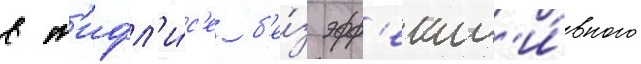
в т'ифл'и́с'е б'е́з эфф'ект'и́вного